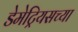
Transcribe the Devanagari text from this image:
डेमेट्रियसच्या